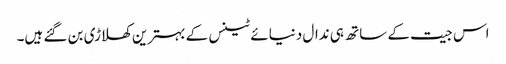
اس جیت کے ساتھ ہی ندال دنیائے ٹینس کے بہترین کھلاڑی بن گئے ہیں۔